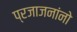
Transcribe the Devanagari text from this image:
प्रजाजनांनो